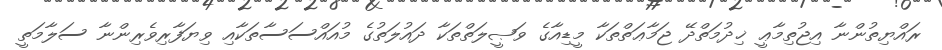
ރައްޔިތުންނާ އިޖުތިމާޢީ ޚިދުމަތްދޭ ޖަމާޢަތްތަކާ މީޑިއާގެ ވަޞީލަތްތަކާ ދައުލަތުގެ މުއައްސަސާތަކާއި ވިޔަފާރިވެރިންނާ ސަލާމަތީ